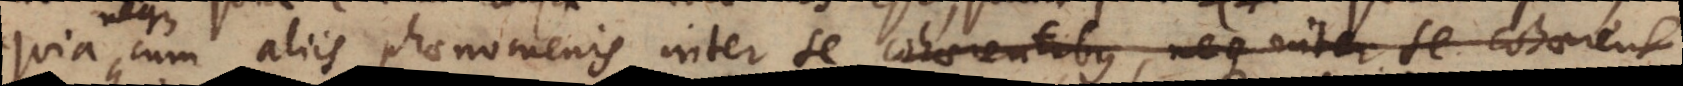
neque cum aliis phaenomenis inter se cohaerentibus, neque inter se cohaerent